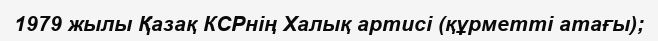
1979 жылы Қазақ КСРнің Халық артисі (құрметті атағы);